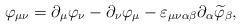
\begin{align*}\varphi _{\mu \nu }=\partial _\mu \varphi _\nu -\partial _\nu\varphi _\mu -\varepsilon _{\mu \nu \alpha \beta }\partial _\alpha\widetilde{\varphi } _\beta , \end{align*}